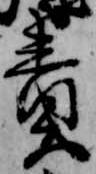
責